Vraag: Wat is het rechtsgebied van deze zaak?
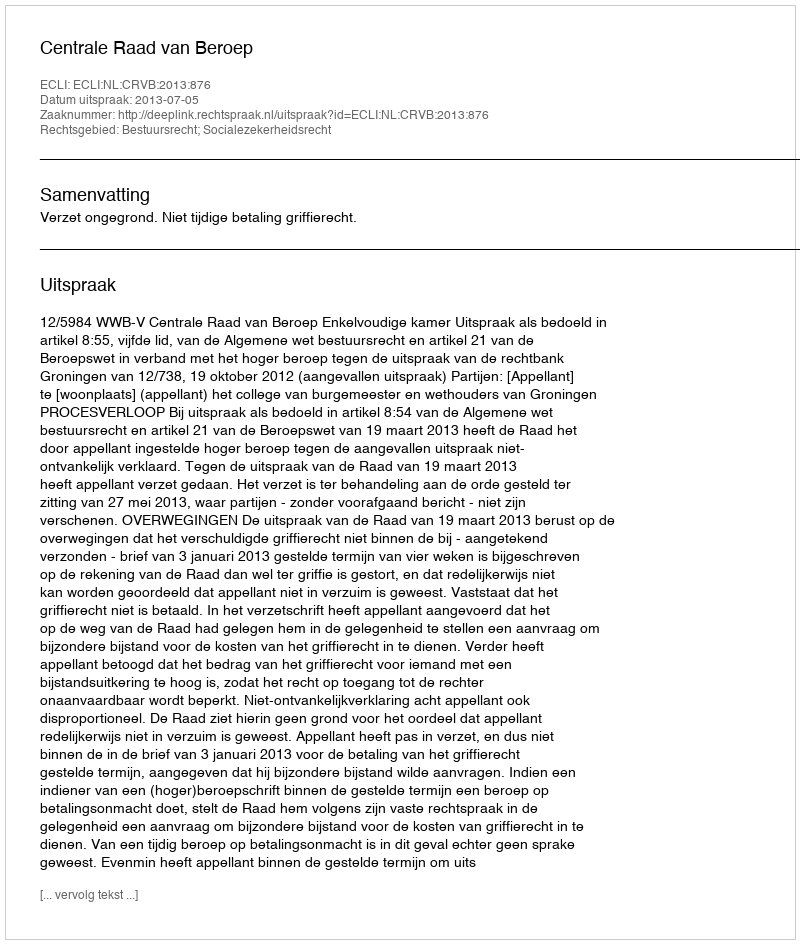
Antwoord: Bestuursrecht; Socialezekerheidsrecht